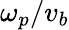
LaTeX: \omega_{p}/v_{b}